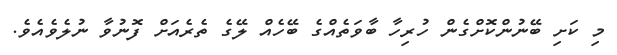
މި ކަށި ބޭނުންކޮށްގެން ހުރިހާ ބާވަތެއްގެ ބޭހެއް ލޭގެ ތެރެއަށް ފޮނުވާ ނުލެވެއެވެ.